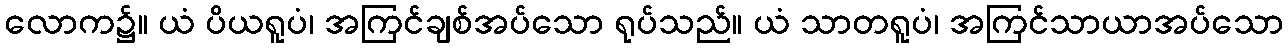
လောက၌။ ယံ ပိယရူပံ၊ အကြင်ချစ်အပ်သော ရုပ်သည်။ ယံ သာတရူပံ၊ အကြင်သာယာအပ်သော